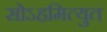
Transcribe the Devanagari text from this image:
सोऽहमित्युत